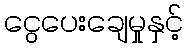
ငွေပေးချေမှုနှင့်